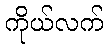
ကိုယ်လက်